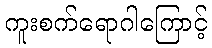
ကူးစက်ရောဂါကြောင့်